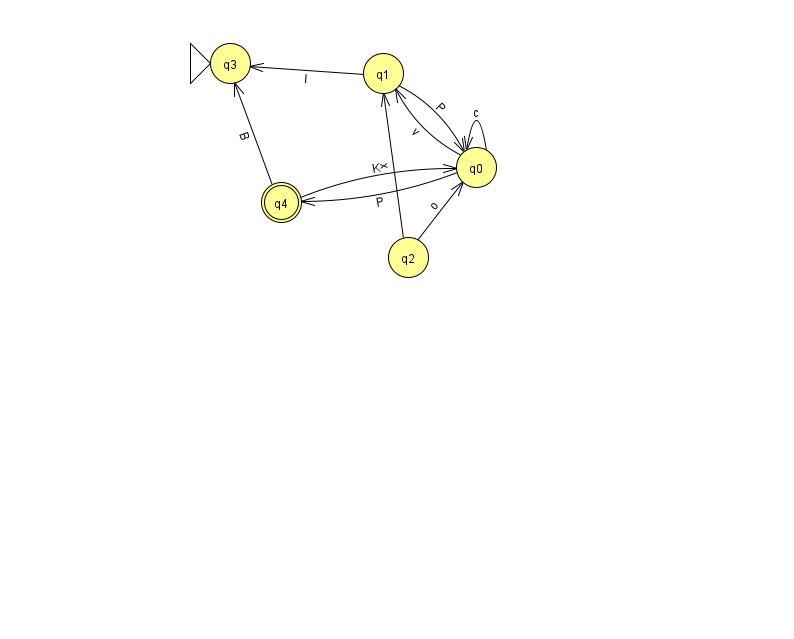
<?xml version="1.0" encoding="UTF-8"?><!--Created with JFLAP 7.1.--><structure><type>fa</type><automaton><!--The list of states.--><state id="0" name="q0"><x>476.0</x><y>154.0</y></state><state id="1" name="q1"><x>383.0</x><y>60.0</y></state><state id="2" name="q2"><x>408.0</x><y>244.0</y></state><state id="3" name="q3"><x>230.0</x><y>50.0</y><initial/></state><state id="4" name="q4"><x>281.0</x><y>189.0</y><final/></state><!--The list of transitions.--><transition><from>0</from><to>0</to><read>c</read></transition><transition><from>0</from><to>4</to><read>P</read></transition><transition><from>1</from><to>3</to><read>l</read></transition><transition><from>2</from><to>1</to><read>x</read></transition><transition><from>4</from><to>3</to><read>B</read></transition><transition><from>4</from><to>0</to><read>K</read></transition><transition><from>2</from><to>0</to><read>o</read></transition><transition><from>0</from><to>1</to><read>v</read></transition><transition><from>1</from><to>0</to><read>P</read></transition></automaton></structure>